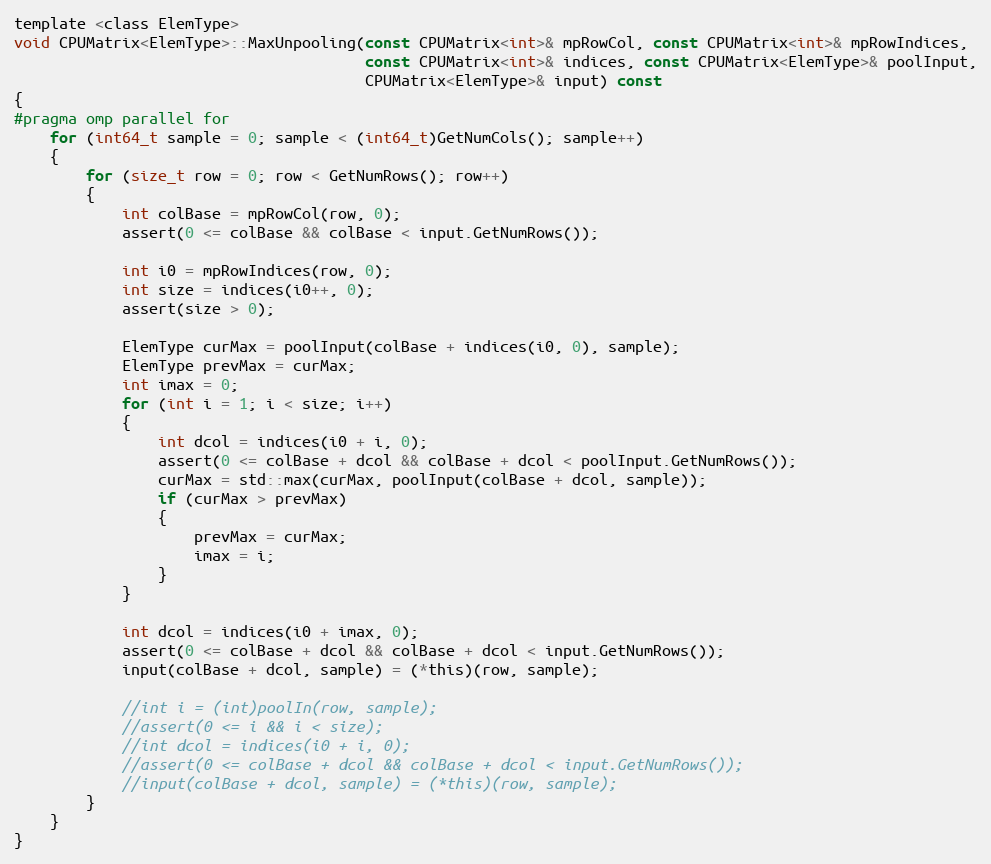
Language: C
template <class ElemType>
void CPUMatrix<ElemType>::MaxUnpooling(const CPUMatrix<int>& mpRowCol, const CPUMatrix<int>& mpRowIndices,
                                       const CPUMatrix<int>& indices, const CPUMatrix<ElemType>& poolInput,
                                       CPUMatrix<ElemType>& input) const
{
#pragma omp parallel for
    for (int64_t sample = 0; sample < (int64_t)GetNumCols(); sample++)
    {
        for (size_t row = 0; row < GetNumRows(); row++)
        {
            int colBase = mpRowCol(row, 0);
            assert(0 <= colBase && colBase < input.GetNumRows());

            int i0 = mpRowIndices(row, 0);
            int size = indices(i0++, 0);
            assert(size > 0);

            ElemType curMax = poolInput(colBase + indices(i0, 0), sample);
            ElemType prevMax = curMax;
            int imax = 0;
            for (int i = 1; i < size; i++)
            {
                int dcol = indices(i0 + i, 0);
                assert(0 <= colBase + dcol && colBase + dcol < poolInput.GetNumRows());
                curMax = std::max(curMax, poolInput(colBase + dcol, sample));
                if (curMax > prevMax)
                {
                    prevMax = curMax;
                    imax = i;
                }
            }

            int dcol = indices(i0 + imax, 0);
            assert(0 <= colBase + dcol && colBase + dcol < input.GetNumRows());
            input(colBase + dcol, sample) = (*this)(row, sample);

            //int i = (int)poolIn(row, sample);
            //assert(0 <= i && i < size);
            //int dcol = indices(i0 + i, 0);
            //assert(0 <= colBase + dcol && colBase + dcol < input.GetNumRows());
            //input(colBase + dcol, sample) = (*this)(row, sample);
        }
    }
}